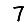
Digit: 7